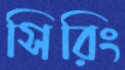
সিরিং